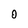
Character: 0